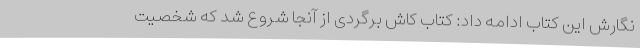
نگارش این کتاب ادامه داد: کتاب کاش برگردی از آنجا شروع شد که شخصیت